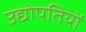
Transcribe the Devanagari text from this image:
उद्योपतियों